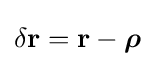
\delta \mathbf {r} =\mathbf {r} -{\boldsymbol {\rho }}